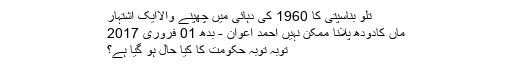
تَلو بناسپتی کا 1960 کی دہائی میں چھپنے والاایک اشتہار
ماں کادودھ پلانا ممکن نہیں احمد اعوان - بدھ 01 فروری 2017
توبہ توبہ حکومت کا کیا حال ہو گیا ہے؟